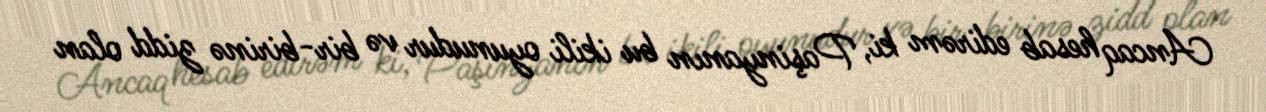
Ancaq hesab edirəm ki, Paşinyanın bu ikili oyunudur və bir-birinə zidd olan